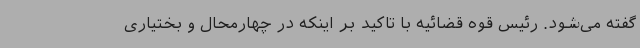
گفته می‌شود. رئیس قوه قضائیه با تاکید بر اینکه در چهارمحال و بختیاری